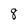
Character: 8